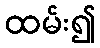
ထမ်း၍